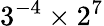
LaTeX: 3^{-4}\times 2^{7}